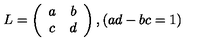
L = \left( \begin{array} { c c } { a } & { b } \\ { c } & { d } \\ \end{array} \right) , ( a d - b c = 1 )